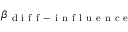
\beta _ { \mathrm { ~ d ~ i ~ f ~ f ~ - ~ i ~ n ~ f ~ l ~ u ~ e ~ n ~ c ~ e ~ } }